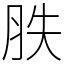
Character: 胅